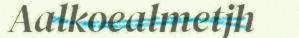
Aalkoealmetjh